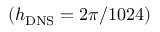
\left( { { h _ { \mathrm { { D N S } } } } = 2 \pi / 1 0 2 4 } \right)